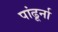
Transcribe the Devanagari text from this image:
पांढूर्ना